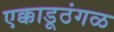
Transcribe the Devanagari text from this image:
एक्काडूठंगळ